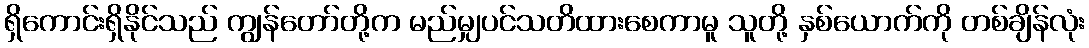
ရှိကောင်းရှိနိုင်သည် ကျွန်တော်တို့က မည်မျှပင်သတိထားစေကာမူ သူတို့ နှစ်ယောက်ကို တစ်ချိန်လုံး